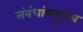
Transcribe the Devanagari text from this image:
संबंधांमधूनच